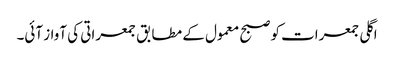
اگلی جمعرات کو صبح معمول کے مطابق جمعراتی کی آواز آئی۔